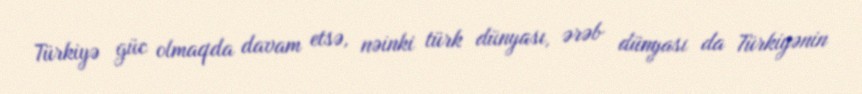
Türkiyə güc olmaqda davam etsə, nəinki türk dünyası, ərəb dünyası da Türkiyənin